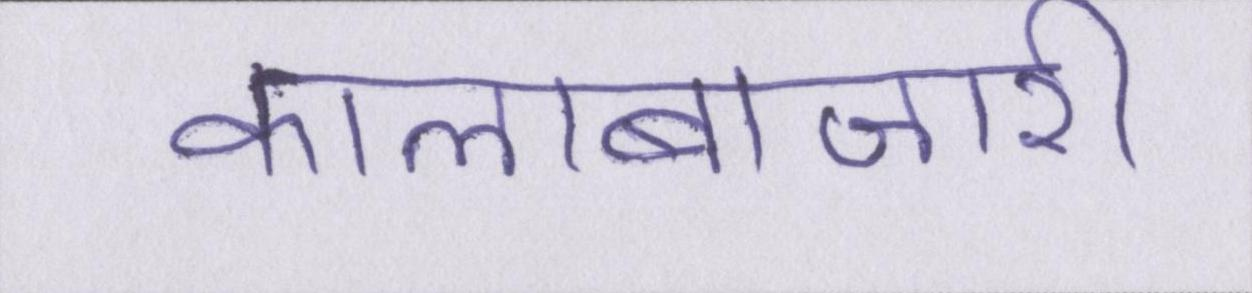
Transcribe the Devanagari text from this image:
कालाबाजारी